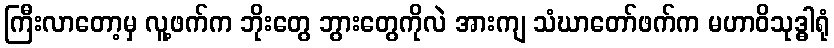
ကြီးလာတော့မှ လူ့ဖက်က ဘိုးတွေ ဘွားတွေကိုလဲ အားကျ သံဃာတော်ဖက်က မဟာဝိသုဒ္ဓါရုံ